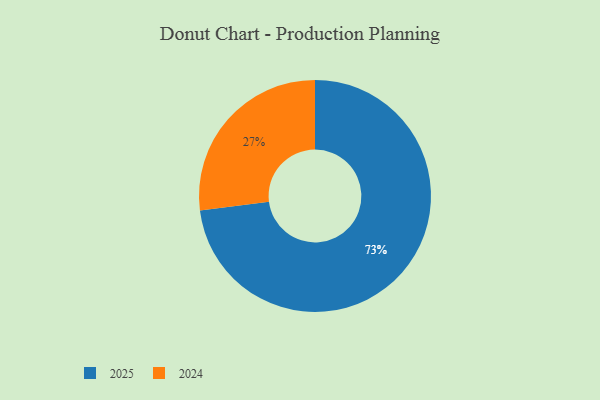
{"axis": {"x": "Category", "y": "Percentage"}, "legend": ["2024", "2025"], "data": [{"x": "2025", "y": 73, "type": "2025"}, {"x": "2024", "y": 27, "type": "2024"}]}